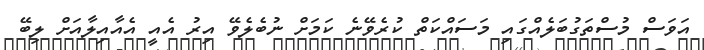
އަވަސް މުސްތަގުބަލެއްގައި މަސައްކަތް ކުރެވޭނެ ކަމަށް ނުބެލެވޭ އިރު އެއީ އެއާއިލާއަށް ލިބޭ